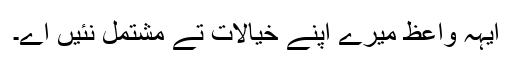
ایہہ واعظ میرے اپنے خیالات تے مشتمل نئیں اے۔